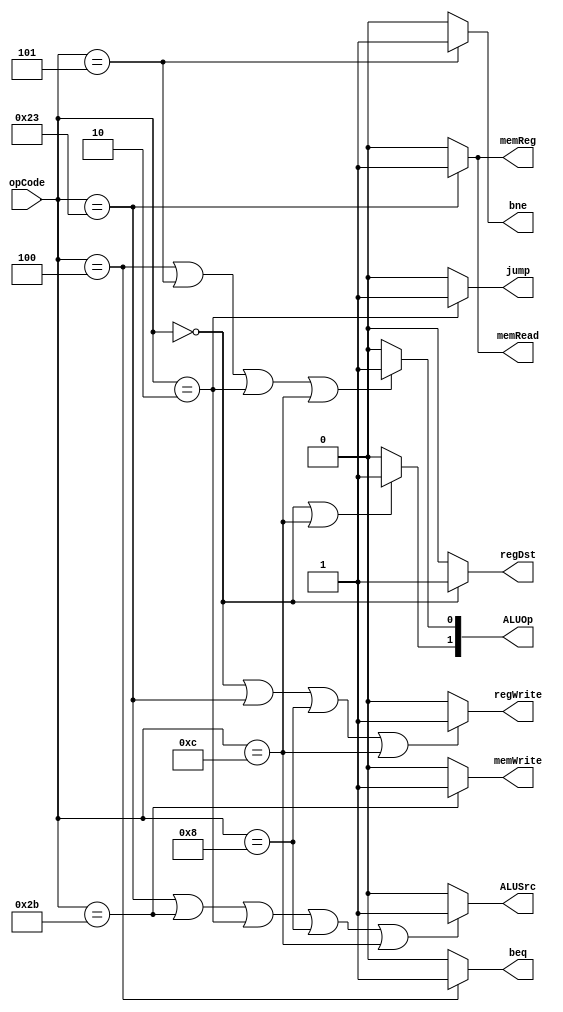
`ifndef MODULE_CONTROL
`define MODULE_CONTROL
`timescale 1ns / 1ps
//////////////////////////////////////////////////////////////////////////////////
// Company: 
// Engineer: 
// 
// Design Name: 
// Module Name: control
// Project Name: 
// Target Devices: 
// Tool Versions: 
// Description: 
// 
// Dependencies: 
// 
// Revision:
// Revision 0.01 - File Created
// Additional Comments:
// 
//////////////////////////////////////////////////////////////////////////////////


module control(opCode, regDst, jump, beq, bne, memRead, memReg, ALUOp, memWrite, ALUSrc, regWrite);
	input[5:0] opCode;
	output regDst;
	output jump;
	output beq;
	output bne;
	output memRead; 
	output memReg;
	output memWrite; 
	output ALUSrc;
	output regWrite;
	output[1:0] ALUOp;

	assign regDst = (opCode == 6'b000000) ? 1:0;
	assign jump = (opCode == 6'b000010) ? 1:0;
	assign beq = (opCode == 6'b000100) ? 1:0;
	assign bne = (opCode == 6'b000101) ? 1:0;
	assign memRead = (opCode == 6'b100011) ? 1:0;
	assign memReg = (opCode == 6'b100011) ? 1:0;
	assign memWrite = (opCode == 6'b101011) ? 1:0;
	assign ALUSrc = (opCode == 6'b100011 || opCode == 6'b101011 || opCode == 6'b000010 || opCode == 6'b001000 || opCode == 6'b001100) ? 1:0;
	assign regWrite = (opCode == 6'b000000 || opCode == 6'b100011 || opCode == 6'b001000 || opCode == 6'b001100) ? 1:0;
	assign ALUOp[1] = (opCode == 6'b000000 || opCode == 6'b001100) ? 1:0;
	assign ALUOp[0] = (opCode == 6'b000100 || opCode == 6'b000101 || opCode == 6'b000010 || opCode == 6'b001100) ? 1:0;
	
	
endmodule
`endif